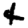
Digit: 4